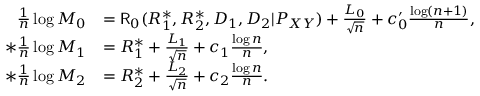
\begin{array} { r l } { \frac { 1 } { n } \log M _ { 0 } } & { = \mathsf { R } _ { 0 } ( R _ { 1 } ^ { * } , R _ { 2 } ^ { * } , D _ { 1 } , D _ { 2 } | P _ { X Y } ) + \frac { L _ { 0 } } { \sqrt { n } } + c _ { 0 } ^ { \prime } \frac { \log ( n + 1 ) } { n } , } \\ { * \frac { 1 } { n } \log M _ { 1 } } & { = R _ { 1 } ^ { * } + \frac { L _ { 1 } } { \sqrt { n } } + c _ { 1 } \frac { \log n } { n } , } \\ { * \frac { 1 } { n } \log M _ { 2 } } & { = R _ { 2 } ^ { * } + \frac { L _ { 2 } } { \sqrt { n } } + c _ { 2 } \frac { \log n } { n } . } \end{array}